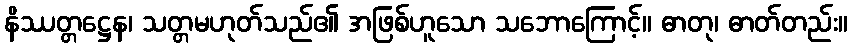
နိဿတ္တဋ္ဌေန၊ သတ္တမဟုတ်သည်၏ အဖြစ်ဟူသော သဘောကြောင့်။ ဓာတု၊ ဓာတ်တည်း။